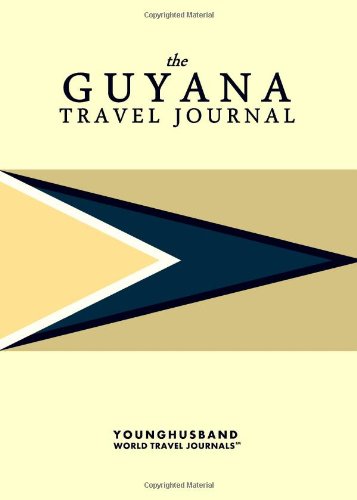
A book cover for The Guyana Travel Journal; Younghusband World Travel Journals; Travel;